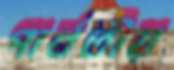
পার্বতীয়